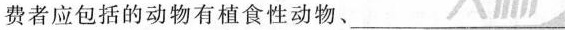
费者应包括的动物有植食性动物、___